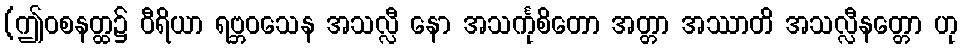
(ဤဝစနတ္ထ၌ ဝီရိယာ ရဗ္ဘဝသေန အသလ္လီ နော အသင်္ကုစိတော အတ္တာ အဿာတိ အသလ္လီနတ္တော ဟု